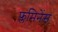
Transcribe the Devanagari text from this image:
फ्लमिनेंस